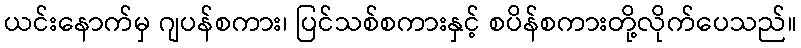
ယင်းနောက်မှ ဂျပန်စကား၊ ပြင်သစ်စကားနှင့် စပိန်စကားတို့လိုက်ပေသည်။